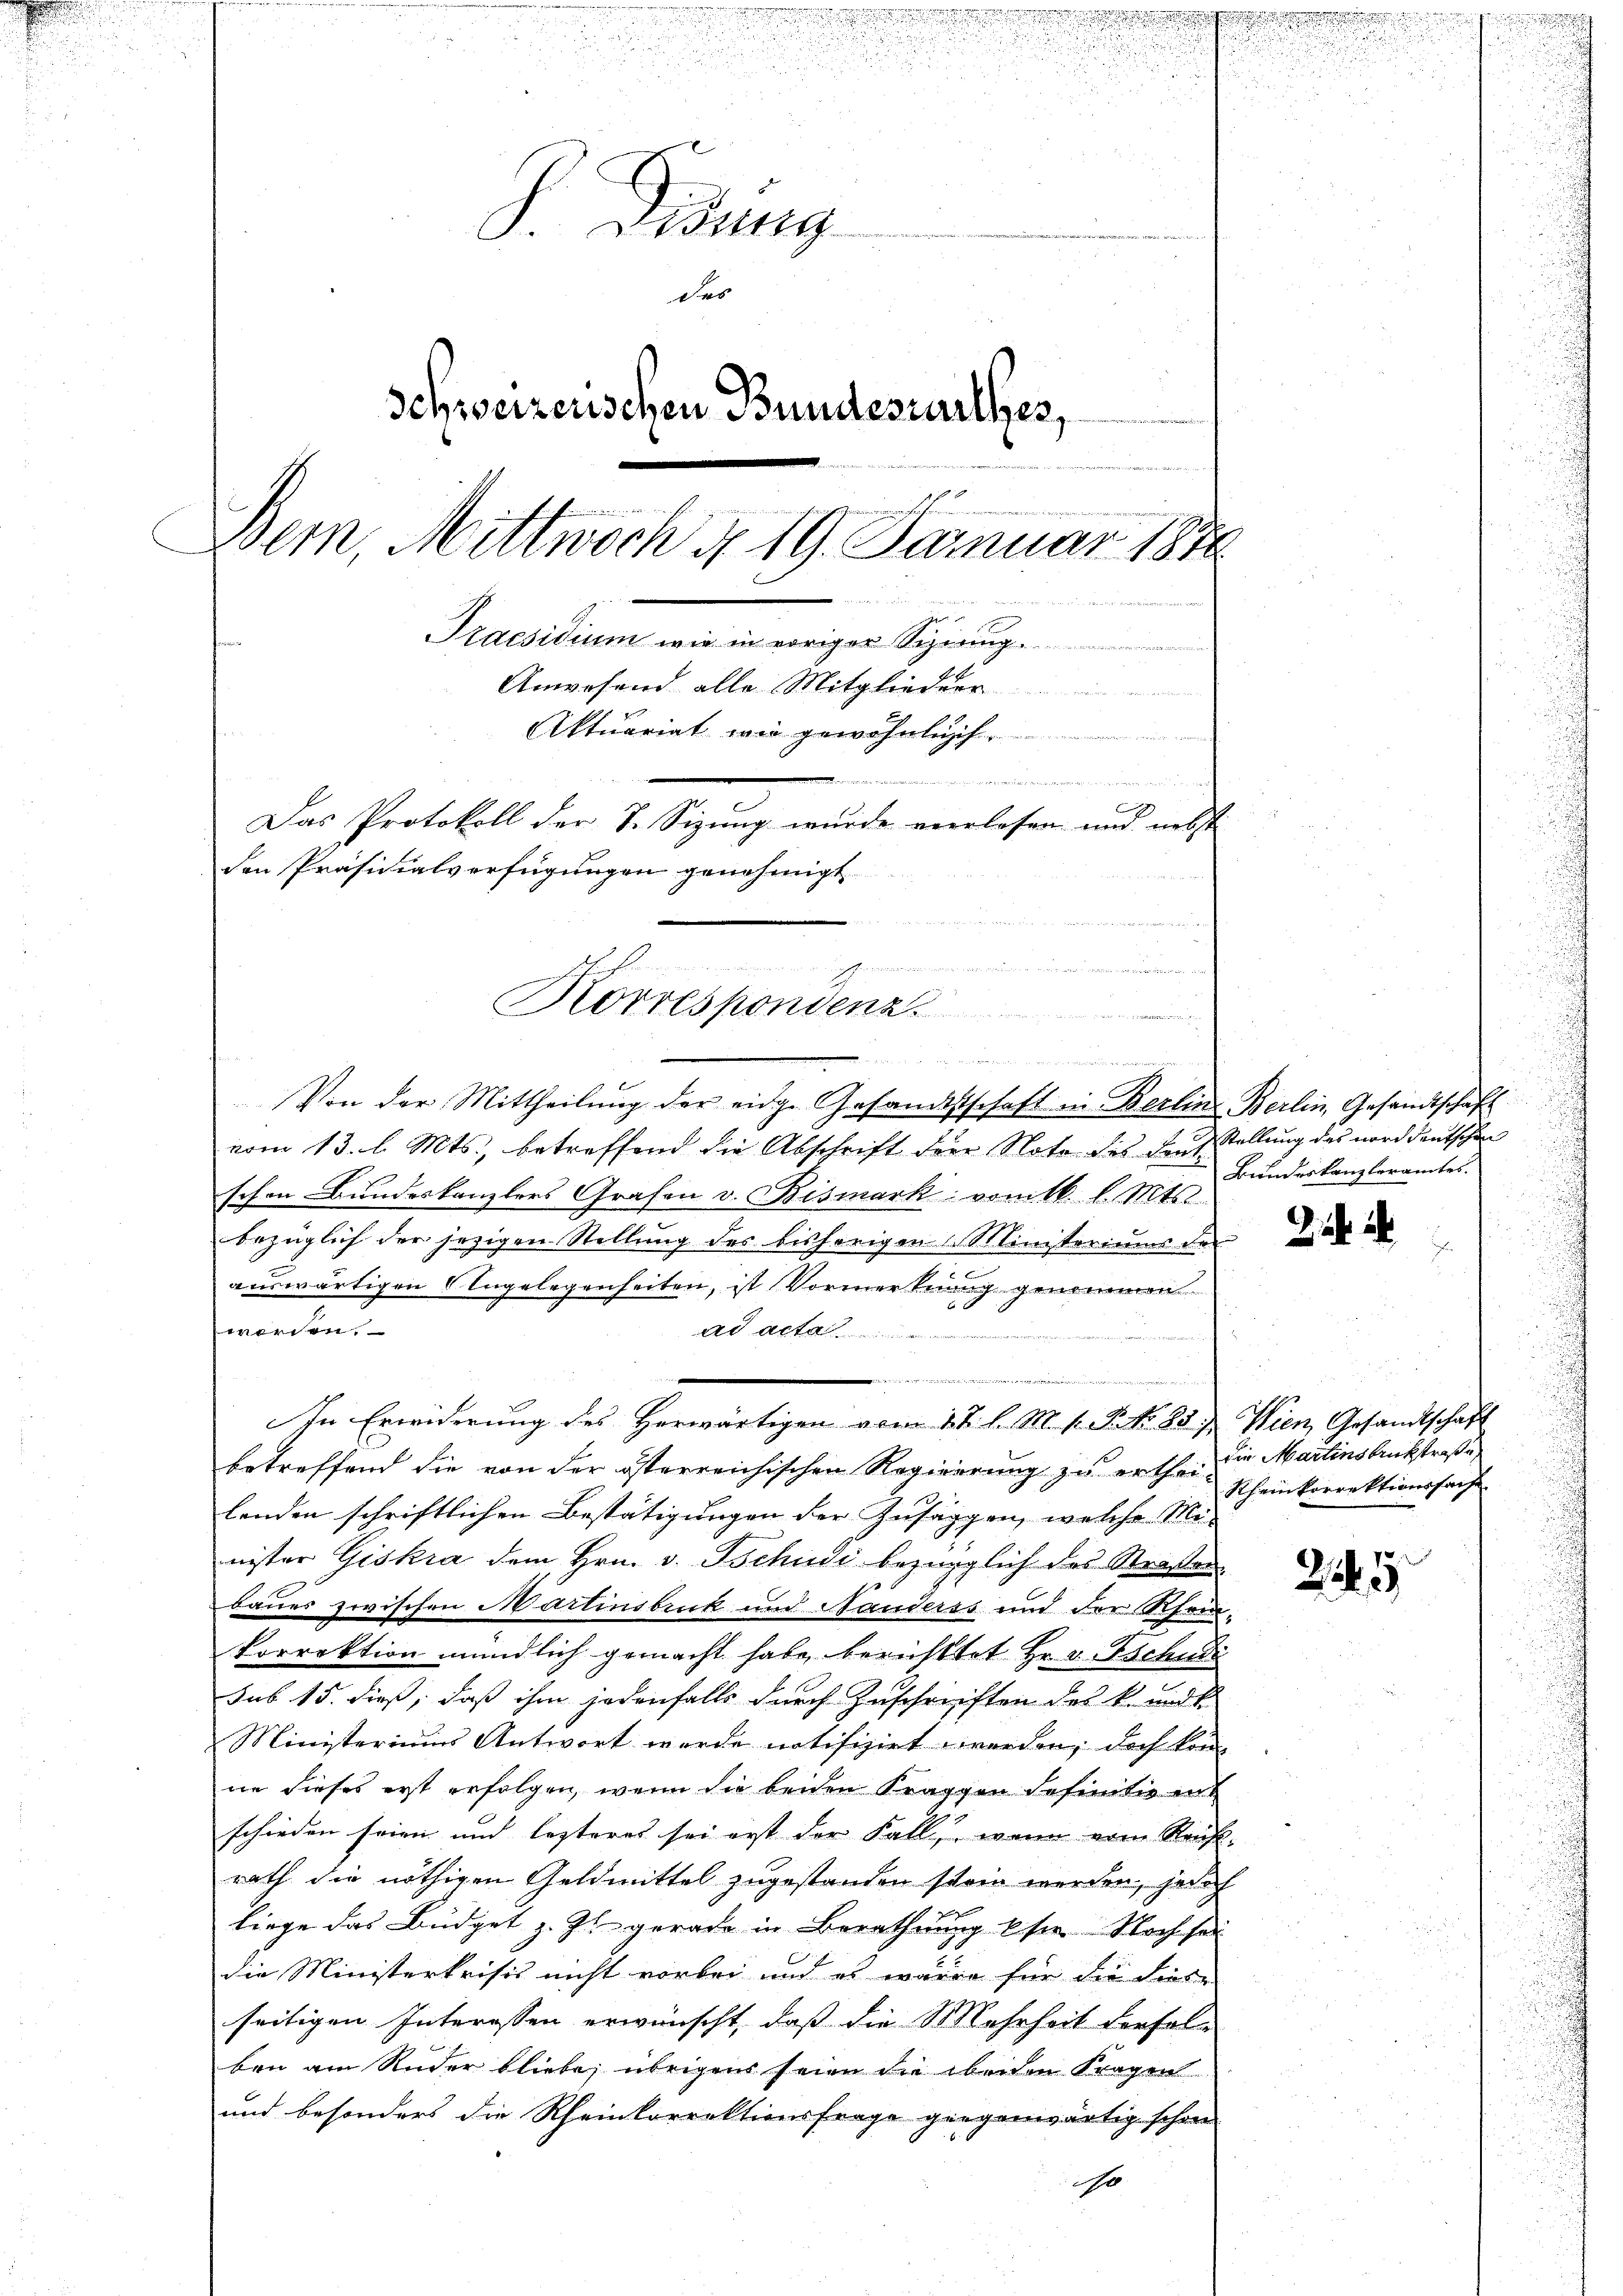
P. Bisig
des
Schweizerischen Bundesrathes,
ait der
Darin den weischer u. gerantieren der
Bern, Mittwoch d. 19. Januar 1876

Praesidium wie in voriger Schnung.
Anwesend alle Mitglieder
Aktuariat wie gewöhnlich

x
Das Protokoll der S. Sizung wurde verlesen und nebst
den Präsidialverfügungen genehmigt.
e
a
n
Korrespondenz

Von der Mittheilŭng der eidge Gesandtschaft in Berlin Berlin, Gesandtschaft
vom 13. l. Mts., betreffend die Abschrift der Noto des den Stellung des norddeutschen
schon Bundeskanzlers Grafen v. Bismark vom 16. l. Mts.
bezüglich der jezigen Stellung des bisherigen Ministeriums der
auswärtigen Angelegenheiten, ist Vormerkung genommen.
werden.
ad acta
.
In Erwiderung des Herwärtigen vom 17. l. M. v. P. Nr. 857. Wien Gesandtschaft
betreffend die von der österreichischen Regierung zu erthei die Martinsbesstraße,
lenden schriftlichen Bestätigungen der Zusäggen, welche Mi-
nister Giskra dem Hrn. v. Tschudi bezüglich des Straßen
bauer zwischen Martinsbruck und Handerss und der Rhei¬
Porrektion mündlich gemacht habe berichttet Hr. v. Tschudi
sub 15. dieß, daß ihm jedenfalls durch Zuschriften des k. und k
Ministeriums Antwort wurde notifizirt werden; doch konne dieses erst erfolgen, wenn die beiden Fräggen sehen die ent
schieden seien und lezteres sei erst der Fall, wenn vom Reicht-
rath die nöthigen Geldmittel zugestanden stein werden, jedoch
liege das Büdget z. Zt. gerade in Berathung sie Noch sei
die Ministerkrisis nicht vorbei und es wären für die diese
seitigen Interessen erwünscht, daß die Mehrheit dersel-
ben am Ruder bliebe, übrigens seien die beiden Fragen
und besonders die Rheinkorrektionsfrage giegenwärtig schon
ist

.

die ich wie er zu den in ein an

Bundeskanzleramtes.

Rheinkorrektionssache

245